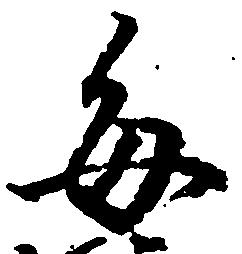
毎